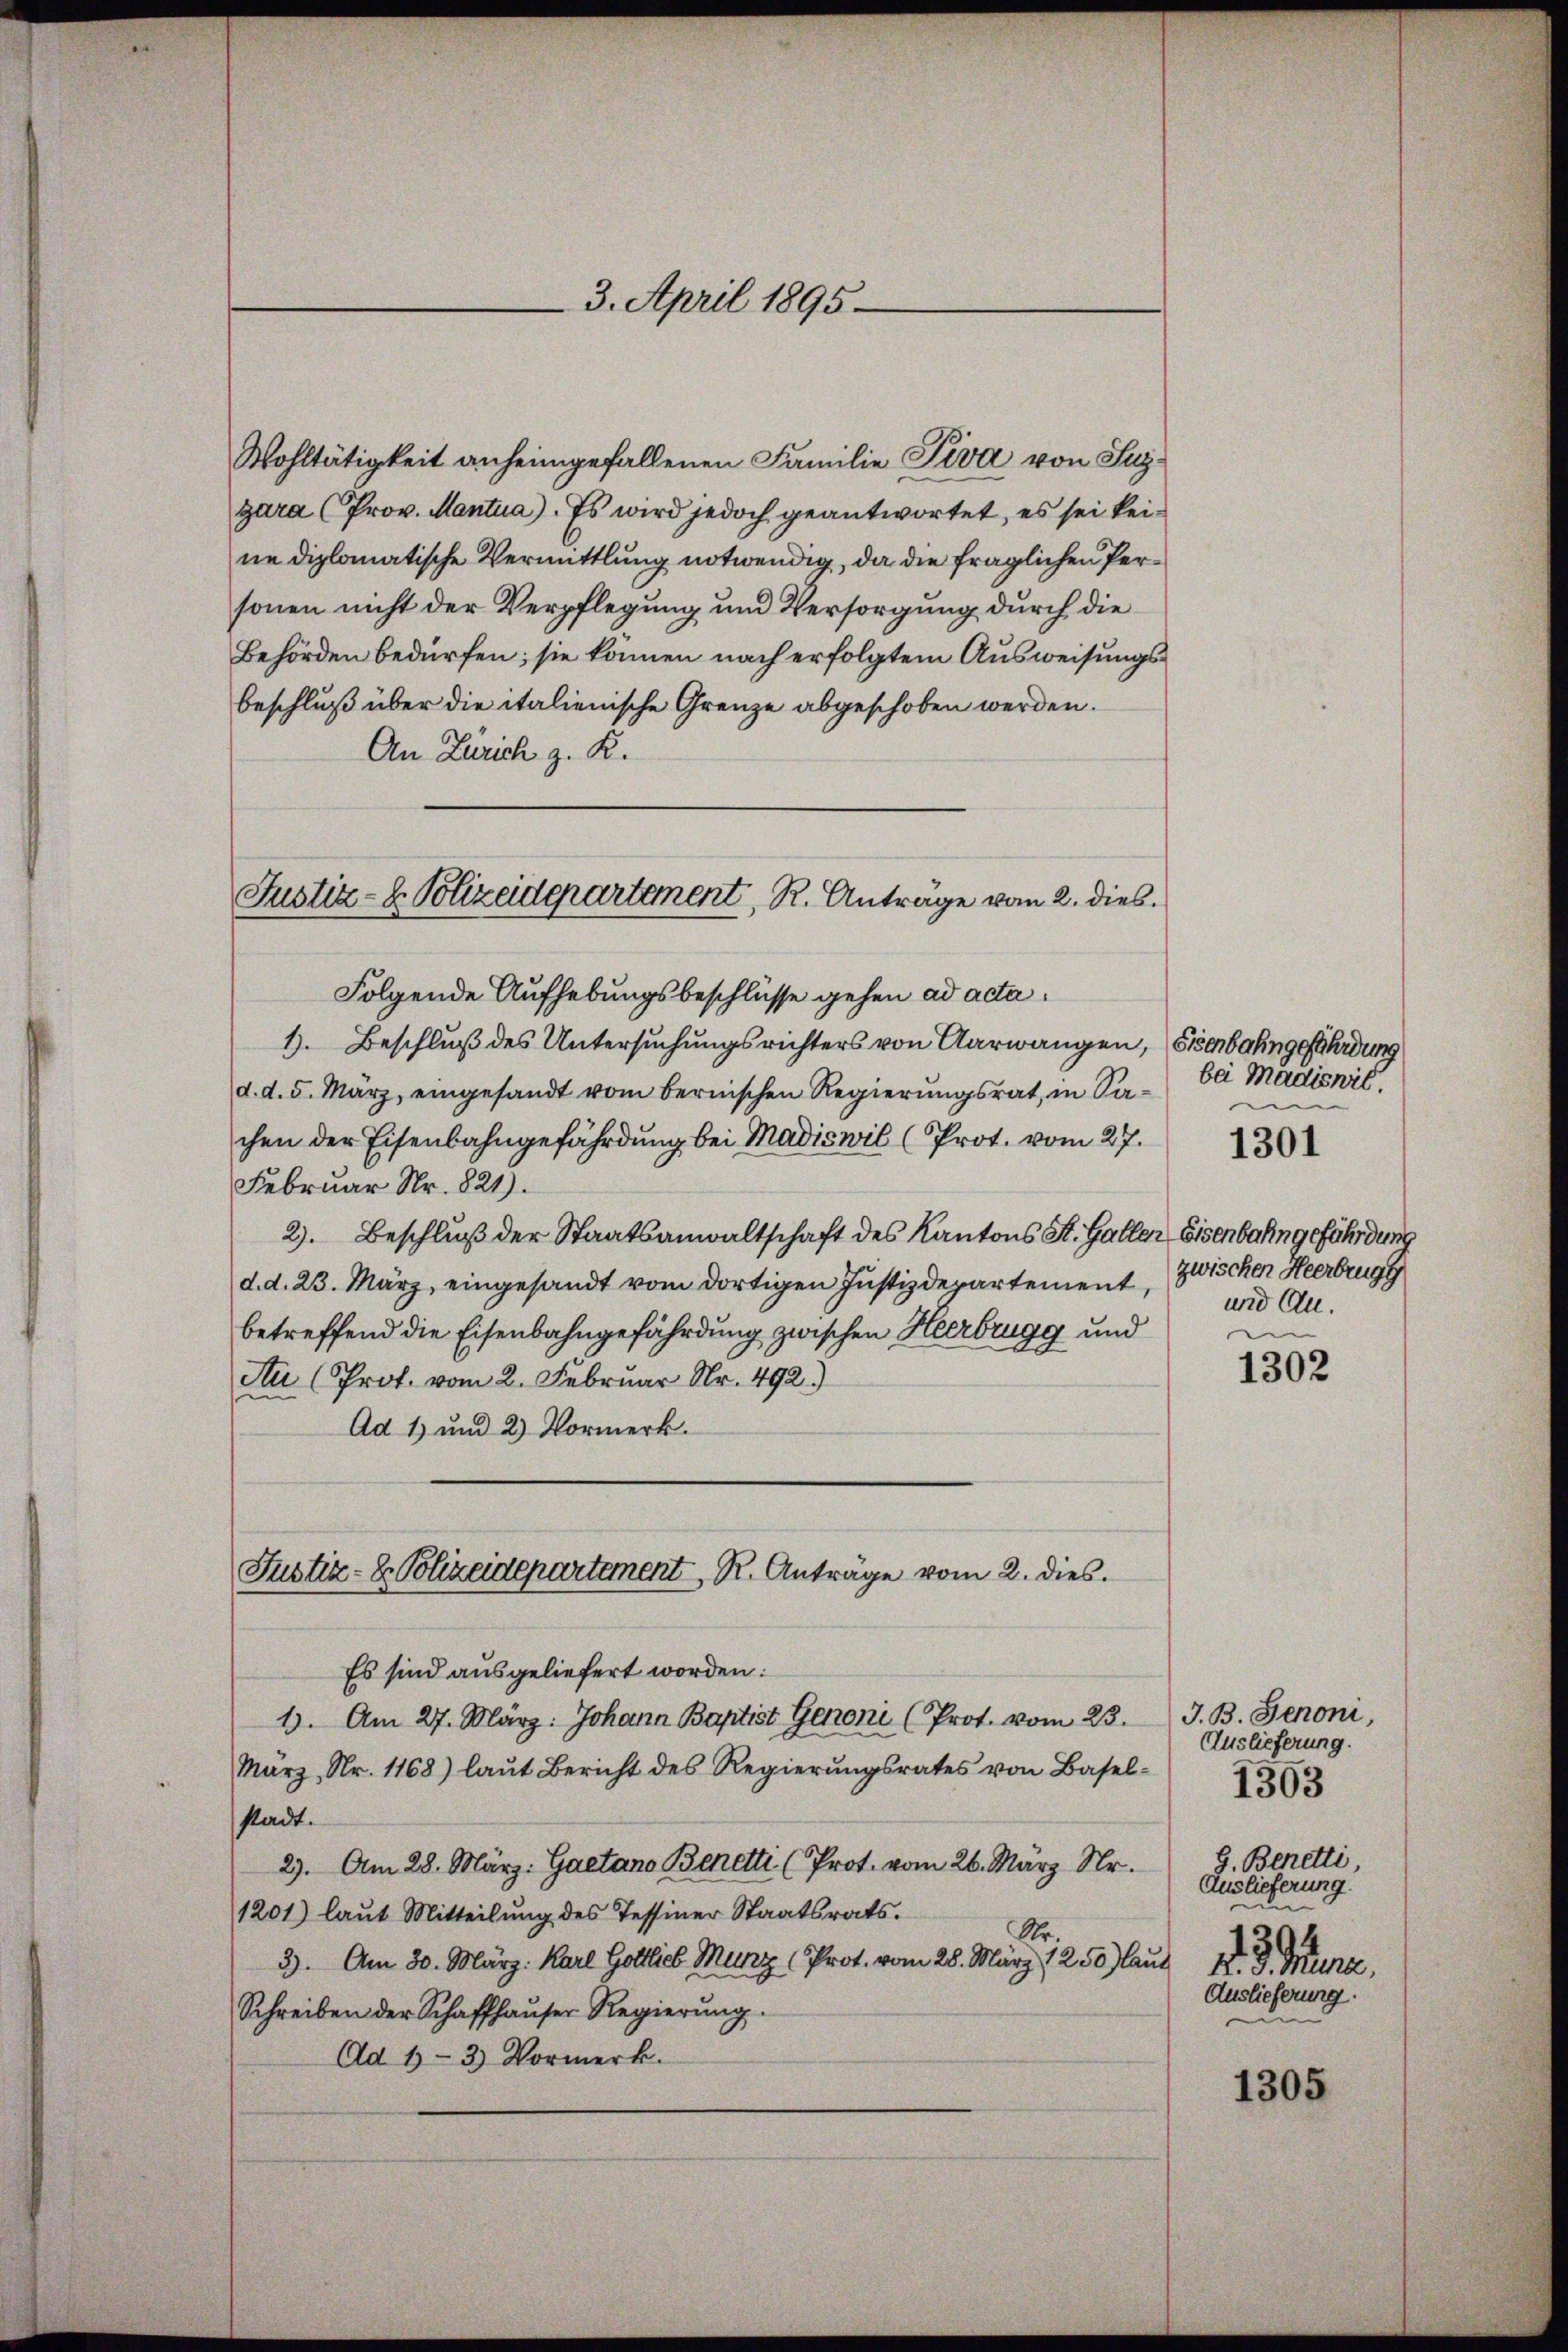
Wohltätigkeit anheimgefallenen Familie Piva von Supgara (Prov. Mantua). Es wird jedoch geantwortet, es sei keine diplomatische Vermittlung notwendig, da die fraglichen Personen nicht der Verpflegung und Versorgung durch die
Behörden bedürfen; sie können nach erfolgtem Ausweisungsbeschluß über die italienische Grenze abgeschoben werden.
An Zürich z. K.
Justiz- & Polizeidepartement, R. Antrage vom 2. dies

3. April 1895

Justiz- & Polizeidepartement R. Anträge vom 2. dies.

Folgende Aufhebungsbeschlüsse gehen ad acta.
1. Beschluß des Untersuchungsrichters von Aarwangen, Eisenbahngefährdung
d. d. 5. März, eingesandt vom bernischen Regierungsrat, in Sachen der Eisenbahngefährdung bei Madiswil (Prot. vom 27.
Februar Nr. 821).
2). Beschluß der Staatsanwaltschaft des Kantons St. Gallen Eisenbahn gefährdung
d. d. 23. März, eingesandt vom dortigen Justizdepartement, zwischer Heerbrugg
betreffend die Eisenbahngefährdung zwischen Heerbrugg und
Au (Prof. vom 2. Februar Nr. 492)
Ad 1) und 2) Vormerk.
Es sind ausgeliefert worden:
1). Am 27. März. Johann Baptist Genoni (Prot. vom 23. J. B. Senoni,
März, Nr. 1168) laut Bericht des Regierungsrates von Basel-
stadt.
2). Am 28. März: Gaetano Benetti (Prot. vom 26. März Nr.
1201) laŭt Mitteilŭng des Tessiner Staatsrats.
Nr.
3). Am 30. März. Karl Gottlich Münz (Prot. vom 28. März 1250 laut M. D. Tuna
Schreiben der Schaffhaŭser Regierŭng.
Ad 1- 3) Vormerk.

bei Madiswil.
und Au

1301

1302

1303

1305

Auslieferung.
g. Benetti,
Auslieferung.
e
Auslieferung.